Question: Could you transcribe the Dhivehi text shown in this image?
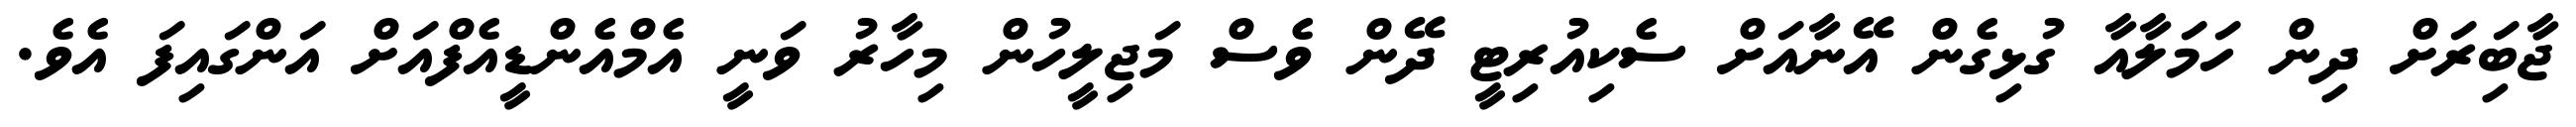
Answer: ޖާބަިރަށް ދިން ހަމަލާއާ ގުޅިގެން އޭނާއަށް ސެކިއުރިޓީ ދޭން ވެސް މަޖިލީހުން މިހާރު ވަނީ އެމްއެންޑީއެފްއަށް އަންގައިފަ އެވެ.